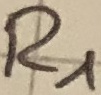
Text: R1